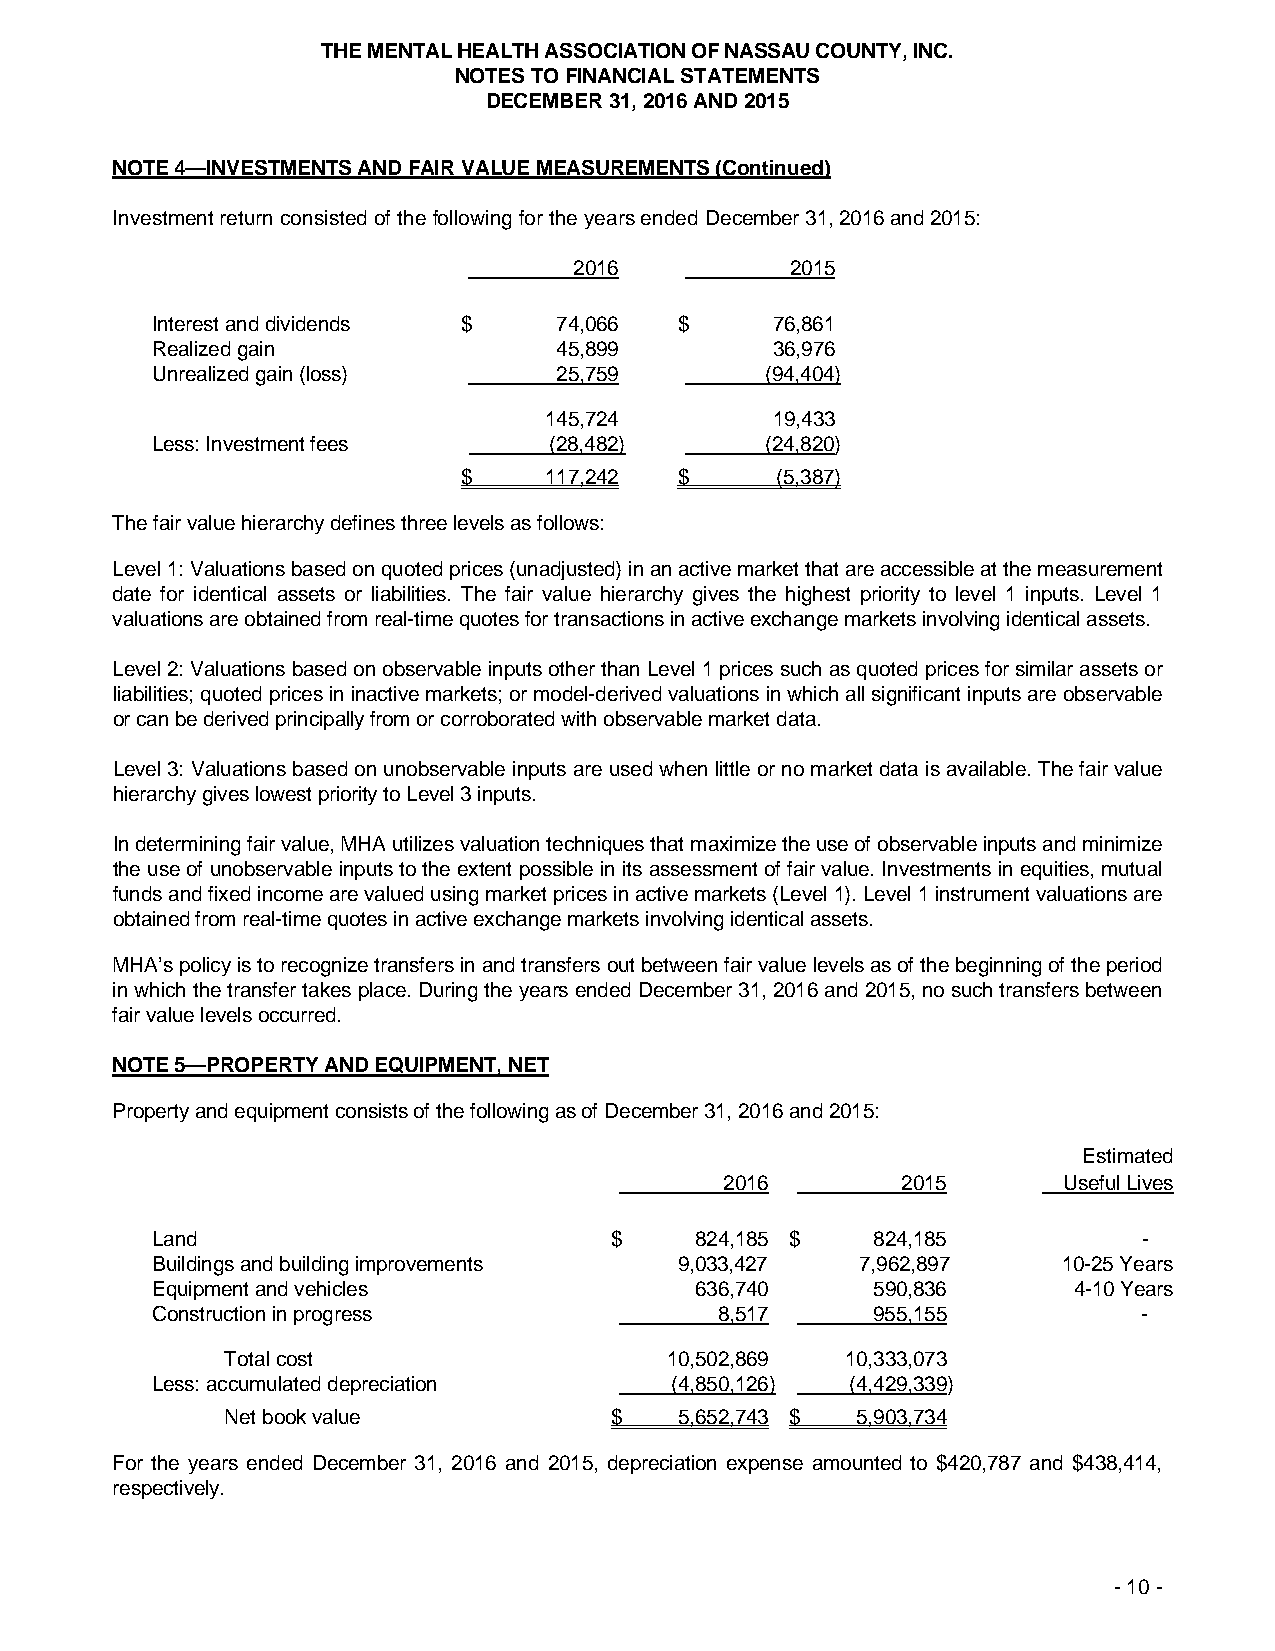
THE MENTAL HEALTH ASSOCIATION OF NASSAU COUNTY, INC.
 NOTES TO FINANCIAL STATEMENTS
 DECEMBER 31, 2016 AND 2015
 NOTE 4—INVESTMENTS AND FAIR VALUE MEASUREMENTS (Continued)
 Investment return consisted of the following for the years ended December 31, 2016 and 2015:
 2016          2015
 Interest and dividends $   74,066  $     76,861
 Realized gain              45,899        36,976
 Unrealized gain (loss)     25,759        (94,404)
 145,724        19,433
 Less: Investment fees     (28,482)       (24,820)
 $    117,242  $     (5,387)
 The fair value hierarchy defines three levels as follows:
 Level 1: Valuations based on quoted prices (unadjusted) in an active market that are accessible at the measurement
 date for identical assets or liabilities. The fair value hierarchy gives the highest priority to level 1 inputs. Level 1
 valuations are obtained from real-time quotes for transactions in active exchange markets involving identical assets.
 Level 2: Valuations based on observable inputs other than Level 1 prices such as quoted prices for similar assets or
 liabilities; quoted prices in inactive markets; or model-derived valuations in which all significant inputs are observable
 or can be derived principally from or corroborated with observable market data.
 Level 3: Valuations based on unobservable inputs are used when little or no market data is available. The fair value
 hierarchy gives lowest priority to Level 3 inputs.
 In determining fair value, MHA utilizes valuation techniques that maximize the use of observable inputs and minimize
 the use of unobservable inputs to the extent possible in its assessment of fair value. Investments in equities, mutual
 funds and fixed income are valued using market prices in active markets (Level 1). Level 1 instrument valuations are
 obtained from real-time quotes in active exchange markets involving identical assets.
 MHA’s policy is to recognize transfers in and transfers out between fair value levels as of the beginning of the period
 in which the transfer takes place. During the years ended December 31, 2016 and 2015, no such transfers between
 fair value levels occurred.
 NOTE 5—PROPERTY AND EQUIPMENT, NET
 Property and equipment consists of the following as of December 31, 2016 and 2015:
 Estimated
 2016        2015      Useful Lives
 Land                          $     824,185 $   824,185           -
 Buildings and building improvements 9,033,427  7,962,897    10-25 Years
 Equipment and vehicles              636,740     590,836      4-10 Years
 Construction in progress              8,517     955,155           -
 Total cost                   10,502,869  10,333,073
 Less: accumulated depreciation    (4,850,126) (4,429,339)
 Net book value           $    5,652,743 $ 5,903,734
 For the years ended December 31, 2016 and 2015, depreciation expense amounted to $420,787 and $438,414,
 respectively.
 - 10 -